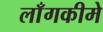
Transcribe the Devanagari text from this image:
लाँगकीमे